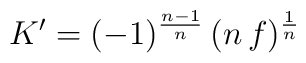
K' = (-1)^{\frac{n-1}{n}}\,(n\,f)^{1\over n}